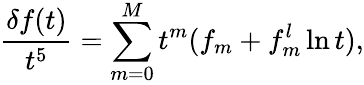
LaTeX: \frac{\delta f(t)}{t^{5}}=\sum_{m=0}^{M}t^{m}(f_{m}+f_{m}^{l}\ln t),